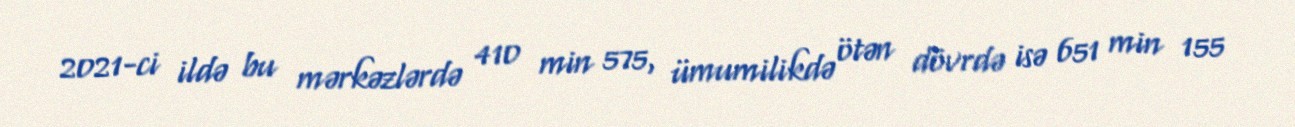
2021-ci ildə bu mərkəzlərdə 410 min 575, ümumilikdə ötən dövrdə isə 651 min 155